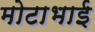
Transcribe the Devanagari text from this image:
मोटाभाई